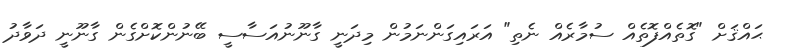
ޙައްޤަށް "ގޮތެއްފޮތެއް ސުމާރެއް ނެތި" އަރައިގަންނަމުން މިދަނީ ގާނޫނުއަސާސީ ބޭނުންކޮށްގެން ގާނޫނީ ދަވާދު